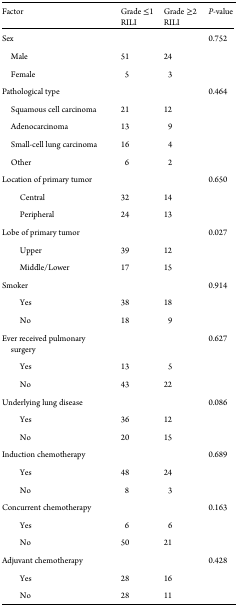
<table><thead><tr><td><b>Factor</b></td><td><b>Grade ≤1 RILI</b></td><td><b>Grade ≥2 RILI</b></td><td><b><i>P-</i>value</b></td></tr></thead><tbody><tr><td>Sex</td><td>[EMPTY_CELL]</td><td>[EMPTY_CELL]</td><td>0.752</td></tr><tr><td> Male</td><td>51</td><td>24</td><td>[EMPTY_CELL]</td></tr><tr><td> Female</td><td>5</td><td>3</td><td>[EMPTY_CELL]</td></tr><tr><td>Pathological type</td><td>[EMPTY_CELL]</td><td>[EMPTY_CELL]</td><td>0.464</td></tr><tr><td> Squamous cell carcinoma</td><td>21</td><td>12</td><td>[EMPTY_CELL]</td></tr><tr><td> Adenocarcinoma</td><td>13</td><td>9</td><td>[EMPTY_CELL]</td></tr><tr><td> Small-cell lung carcinoma</td><td>16</td><td>4</td><td>[EMPTY_CELL]</td></tr><tr><td> Other</td><td>6</td><td>2</td><td>[EMPTY_CELL]</td></tr><tr><td>Location of primary tumor</td><td>[EMPTY_CELL]</td><td>[EMPTY_CELL]</td><td>0.650</td></tr><tr><td>Central</td><td>32</td><td>14</td><td>[EMPTY_CELL]</td></tr><tr><td>Peripheral</td><td>24</td><td>13</td><td>[EMPTY_CELL]</td></tr><tr><td>Lobe of primary tumor</td><td>[EMPTY_CELL]</td><td>[EMPTY_CELL]</td><td>0.027</td></tr><tr><td>Upper</td><td>39</td><td>12</td><td>[EMPTY_CELL]</td></tr><tr><td>Middle/Lower</td><td>17</td><td>15</td><td>[EMPTY_CELL]</td></tr><tr><td>Smoker</td><td>[EMPTY_CELL]</td><td>[EMPTY_CELL]</td><td>0.914</td></tr><tr><td>Yes</td><td>38</td><td>18</td><td>[EMPTY_CELL]</td></tr><tr><td>No</td><td>18</td><td>9</td><td>[EMPTY_CELL]</td></tr><tr><td>Ever received pulmonary surgery</td><td>[EMPTY_CELL]</td><td>[EMPTY_CELL]</td><td>0.627</td></tr><tr><td>Yes</td><td>13</td><td>5</td><td>[EMPTY_CELL]</td></tr><tr><td>No</td><td>43</td><td>22</td><td>[EMPTY_CELL]</td></tr><tr><td>Underlying lung disease</td><td>[EMPTY_CELL]</td><td>[EMPTY_CELL]</td><td>0.086</td></tr><tr><td>Yes</td><td>36</td><td>12</td><td>[EMPTY_CELL]</td></tr><tr><td>No</td><td>20</td><td>15</td><td>[EMPTY_CELL]</td></tr><tr><td>Induction chemotherapy</td><td>[EMPTY_CELL]</td><td>[EMPTY_CELL]</td><td>0.689</td></tr><tr><td>Yes</td><td>48</td><td>24</td><td>[EMPTY_CELL]</td></tr><tr><td>No</td><td>8</td><td>3</td><td>[EMPTY_CELL]</td></tr><tr><td>Concurrent chemotherapy</td><td>[EMPTY_CELL]</td><td>[EMPTY_CELL]</td><td>0.163</td></tr><tr><td>Yes</td><td>6</td><td>6</td><td>[EMPTY_CELL]</td></tr><tr><td>No</td><td>50</td><td>21</td><td>[EMPTY_CELL]</td></tr><tr><td>Adjuvant chemotherapy</td><td>[EMPTY_CELL]</td><td>[EMPTY_CELL]</td><td>0.428</td></tr><tr><td>Yes</td><td>28</td><td>16</td><td>[EMPTY_CELL]</td></tr><tr><td>No</td><td>28</td><td>11</td><td>[EMPTY_CELL]</td></tr></tbody></table>